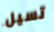
تسيل